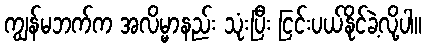
ကျွန်မဘက်က အလိမ္မာနည်း သုံးပြီး ငြင်းပယ်နိုင်ခဲ့လို့ပါ။